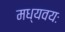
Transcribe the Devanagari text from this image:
मध्यवयः